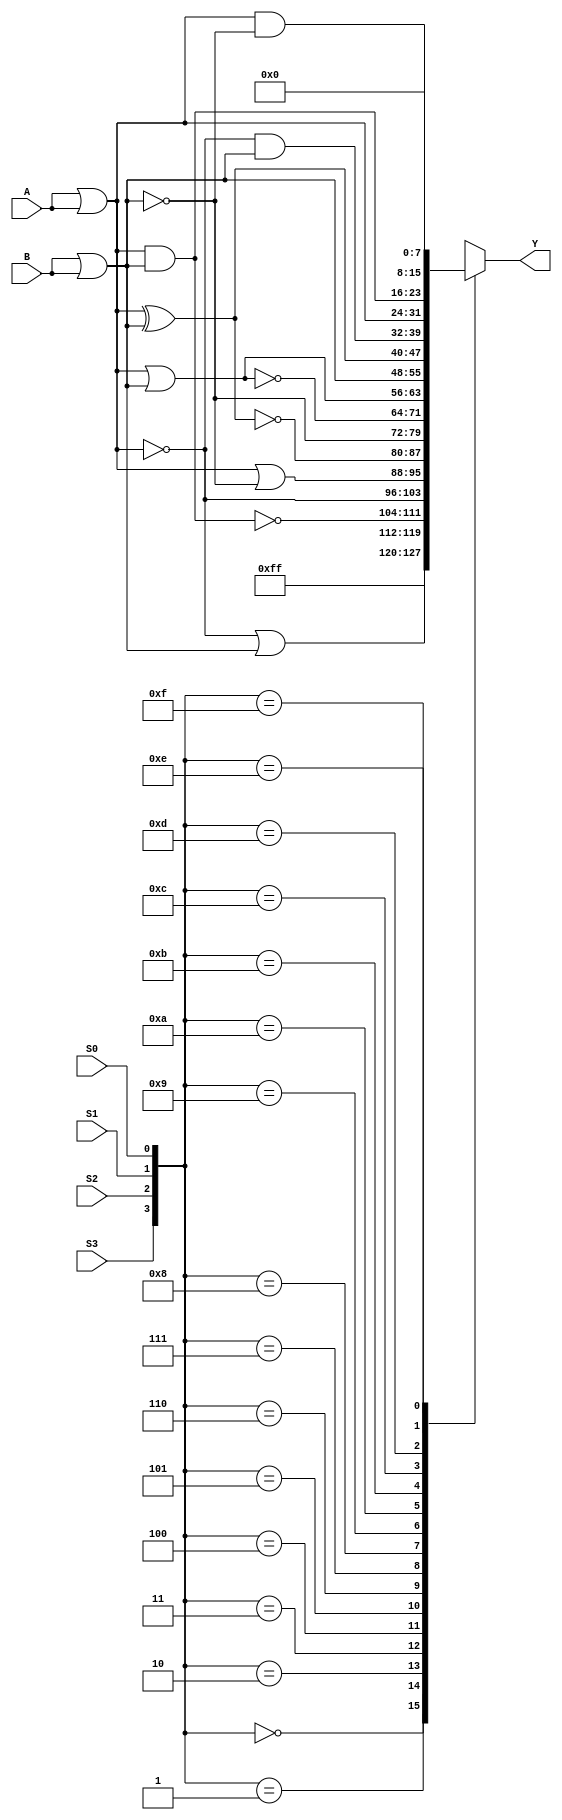
//------------------------------------------------------
// Copyright 1992, 1993 Cascade Design Automation Corporation.
//------------------------------------------------------
module lou(A,B,S0,S1,S2,S3,Y);
  parameter N = 8;
  parameter DPFLAG = 1;
  parameter GROUP = "dpath1";
  parameter
        d_A = 0,
        d_B = 0,
        d_S0_r = 0,
        d_S0_f = 0,
        d_S1_r = 0,
        d_S1_f = 0,
        d_S2_r = 0,
        d_S2_f = 0,
        d_S3_r = 0,
        d_S3_f = 0,
        d_Y = 1;
  input [(N - 1):0] A;
  input [(N - 1):0] B;
  input  S0;
  input  S1;
  input  S2;
  input  S3;
  output [(N - 1):0] Y;
  wire [(N - 1):0] A_temp;
  wire [(N - 1):0] B_temp;
  wire  S0_temp;
  wire  S1_temp;
  wire  S2_temp;
  wire  S3_temp;
  reg [(N - 1):0] Y_temp;
  reg [3:0] s;
  assign #(d_A) A_temp = A|A;
  assign #(d_B) B_temp = B|B;
  assign #(d_S0_r,d_S0_f) S0_temp = S0;
  assign #(d_S1_r,d_S1_f) S1_temp = S1;
  assign #(d_S2_r,d_S2_f) S2_temp = S2;
  assign #(d_S3_r,d_S3_f) S3_temp = S3;
  assign #(d_Y) Y = Y_temp;
  initial
    begin
    if((DPFLAG == 0))
      $display("(WARNING) The instance %m of type lou can't be implemented as a standard cell.");
    end
  always
    @(A_temp or B_temp or S0_temp or S1_temp or S2_temp or S3_temp)
      begin
      s[3] = S3_temp;
      s[2] = S2_temp;
      s[1] = S1_temp;
      s[0] = S0_temp;
      case(s)
      4'd0 :         Y_temp = ( ~ 128'b0);
      4'd1 :         Y_temp = (( ~ A_temp) | B_temp);
      4'd2 :         Y_temp = ( ~ (A_temp & B_temp));
      4'd3 :         Y_temp = ( ~ A_temp);
      4'd4 :         Y_temp = (A_temp | ( ~ B_temp));
      4'd5 :         Y_temp = ( ~ (A_temp ^ B_temp));
      4'd6 :         Y_temp = ( ~ B_temp);
      4'd7 :         Y_temp = ( ~ (A_temp | B_temp));
      4'd8 :         Y_temp = (A_temp | B_temp);
      4'd9 :         Y_temp = B_temp;
      4'd10 :         Y_temp = (A_temp ^ B_temp);
      4'd11 :         Y_temp = (( ~ A_temp) & B_temp);
      4'd12 :         Y_temp = A_temp;
      4'd13 :         Y_temp = (A_temp & B_temp);
      4'd14 :         Y_temp = (A_temp & ( ~ B_temp));
      4'd15 :         Y_temp = 128'b0;
      default:
        Y_temp = 128'bx;
      endcase
      end
endmodule